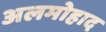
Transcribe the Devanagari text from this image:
अलमोहाद